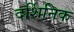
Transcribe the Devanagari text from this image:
दर्शिनिक